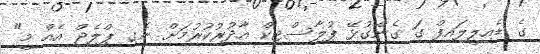
ގެ ޑެއިލީލައިފް ގަ ގެންގުޅޭ ޕުލާސްޓިކް އާދުރުކުރުމަށް ނެގި ޕްލެޖް އެއް މީ"